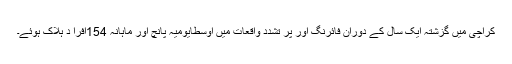
کراچی میں گزشتہ ایک سال کے دوران فائرنگ اور پر تشدد واقعات میں اوسطاًیومیہ پانچ اور ماہانہ 154افرا د ہلاک ہوئے۔